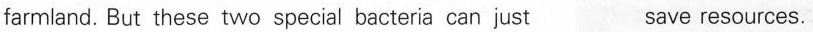
farmland. But these two special bacteria can just save resources.